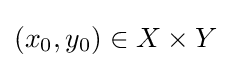
(x_{0},y_{0})\in X\times Y